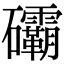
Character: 䃻